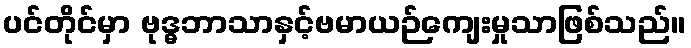
ပင်တိုင်မှာ ဗုဒ္ဓဘာသာနှင့်ဗမာယဉ်ကျေးမှုသာဖြစ်သည်။